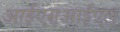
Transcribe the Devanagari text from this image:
आईएसआईएल्